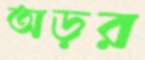
অড়র